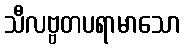
သီလဗ္ဗတပရာမာသော